Insane asylums in Bengal annual reports 1876-1887 - 1876-1887
Year: 1876
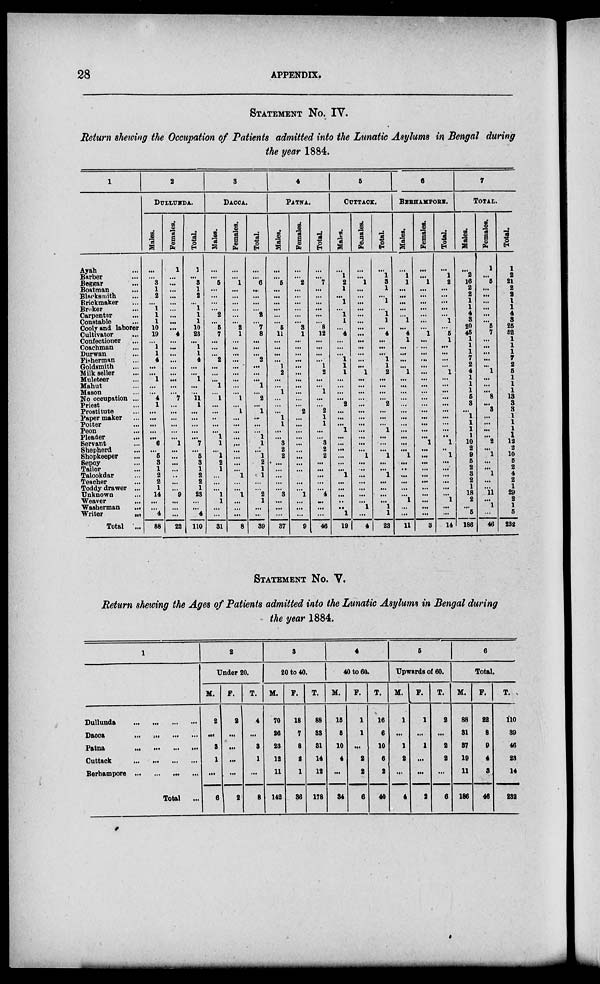
28
APPENDIX.
STATEMENT No. IV.
Return showing the Occupation of Patients admitted into the Lunatic Asylums in Bengal during
the year 1884.
1
Ayah ...
Barber ...
Beggar ...
Boatman
...
Blacksmith ...
Brickmaker ...
Broker ...
Carpenter ...
Constable ...
Cooly and laborer
Cultivator ...
Confectioner ...
Coachman ...
Durwan ...
Fisherman ...
Goldsmith ...
Milk seller ...
Muleteer ...
Mahut ...
Mason ...
No occupation ...
Priest ...
Prostitute ...
Paper maker ...
Potter ...
Peon ...
Pleader ...
Servant ...
Shepherd ...
Shopkeeper ...
Sepoy ...
Tailor ...
Talookdar ...
Teacher ...
Toddy drawer ...
Unknown ...
Weaver ...
Washerman
...
Writer
...
Total
...
2
DULLUNDA.
Males.
...
...
3
1
2
...
1
1
1
10
19
...
1
1
4
...
...
1
...
...
4
1
...
...
...
...
...
6
...
5
3
1
2
2
1
14
...
...
4
88
Females.
1
...
...
...
...
...
...
...
...
...
4
...
...
...
...
...
...
...
...
...
7
...
...
...
...
...
...
1
...
...
...
...
...
...
...
9
...
...
...
22
Total.
1
...
3
1
2
...
1
1
1
10
23
...
1
1
4
...
...
1
...
...
11
1
...
...
...
...
...
7
...
5
3
1
2
2
1
23
...
...
4
110
3
DACCA.
Males.
...
...
5
...
...
...
...
2
...
5
7
...
...
...
2
...
...
...
1
...
1
...
...
..
...
...
1
1
...
1
2
1
...
...
...
1
1
...
...
31
Females.
...
...
1
...
...
...
...
...
...
2
1
...
...
...
...
...
...
...
...
...
1
...
1
...
...
...
...
...
...
...
...
...
1
...
...
1
...
...
...
8
Total.
...
...
6
...
...
...
...
2
...
7
8
...
...
...
2
...
...
...
1
...
2
...
1
...
...
...
1
1
...
1
2
1
1
...
...
2
1
...
...
39
4
PATNA
Males.
...
...
5
...
...
...
...
...
...
5
11
...
...
...
...
1
2
...
...
1
...
...
...
1
1
...
...
3
2
2
...
...
...
...
...
3
...
...
...
37
Females.
...
...
2
...
...
...
...
...
...
3
1
...
...
...
...
...
...
...
...
...
...
...
2
...
...
...
...
...
...
...
...
...
...
...
...
1
...
...
...
9
Total.
...
...
7
...
...
...
...
...
...
8
12
...
...
...
...
1
2
...
...
1
...
...
2
1
1
...
...
3
2
2
...
...
...
...
...
4
...
...
...
46
6
CUTTACK.
Males.
...
1
2
1
...
1
...
1
1
...
4
...
...
...
1
1
1
...
...
...
...
2
...
...
...
1
...
...
...
...
...
...
1
...
...
...
...
..
1
19
Females.
...
...
1
...
...
...
...
...
...
...
...
...
...
...
...
...
1
...
...
...
...
...
...
...
...
...
...
...
...
1
...
...
...
...
...
...
...
1
...
4
Total.
...
1
3
1
...
1
...
1
1
...
4
...
...
...
1
1
2
...
...
...
...
2
...
...
...
1
...
...
...
1
...
...
1
...
...
...
...
1
1
23
6
BERHAMPORE.
Males.
...
1
1
...
...
...
...
...
1
...
4
1
...
...
...
...
1
...
...
...
...
...
...
...
...
...
...
...
...
1
...
...
...
...
...
...
1
...
...
11
Females.
...
...
1
...
...
...
...
...
...
...
1
...
...
...
...
...
...
...
...
...
...
...
...
...
...
...
...
1
...
...
...
...
...
...
...
...
...
...
...
3
Total.
...
1
2
...
...
...
...
...
1
...
5
1
...
...
...
...
1
...
...
...
...
...
...
...
...
...
..
1
...
1
...
...
...
...
...
...
1
...
...
14
7
TOTAL.
Males.
...
2
16
2
2
1
1
4
3
20
45
1
1
1
7
2
4
1
1
1
6
3
...
1
1
1
1
10
2
9
5
2
3
2
1
18
2
...
5
186
Females.
1
...
5
...
...
...
...
...
...
5
7
...
...
...
...
...
1
...
...
...
8
...
3
...
...
...
...
2
...
1
...
...
1
...
...
11
...
1
...
46
Total.
1
2
21
2
2
1
1
4
3
25
52
1
1
1
7
2
5
1
1
1
13
3
3
1
1
1
1
12
2
10
5
2
4
2
1
29
2
1
5
232
STATEMENT No. V.
Return showing the Ages of Patients admitted into the Lunatic Asylums in Bengal during
the year 1884.
1
Dullunda
...
...
...
...
Dacca
...
...
...
...
Patna
...
...
...
...
Cuttack
...
...
...
...
Berhampore ... ... ... ...
Total ...
2
Under 20.
M.
2
...
8
1
...
6
F.
2
...
...
...
...
2
T.
4
...
8
1
...
8
3
20 to 40.
M.
70
26
23
12
11
142
F.
18
7
8
2
1
36
T.
88
33
31
14
12
178
4
40 to 60.
M.
15
5
10
4
...
34
F.
1
1
...
2
2
6
T.
16
6
10
6
2
40
5
Upwards of 60.
M.
1
...
1
2
...
4
F.
1
...
1
...
...
2
T.
2
...
2
2
...
6
6
Total.
M.
88
31
37
19
11
186
F.
22
8
9
4
8
46
T.
110
39
46
23
14
232